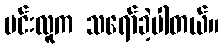
မင်းလူက သရော်ခဲ့ပါတယ်။